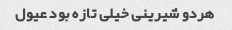
هردو شیرینی خیلی تازه بود عیول